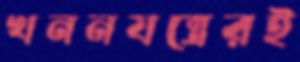
খননযন্ত্রেরই